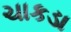
ચાકડા